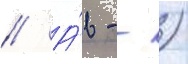
// А́в - -)